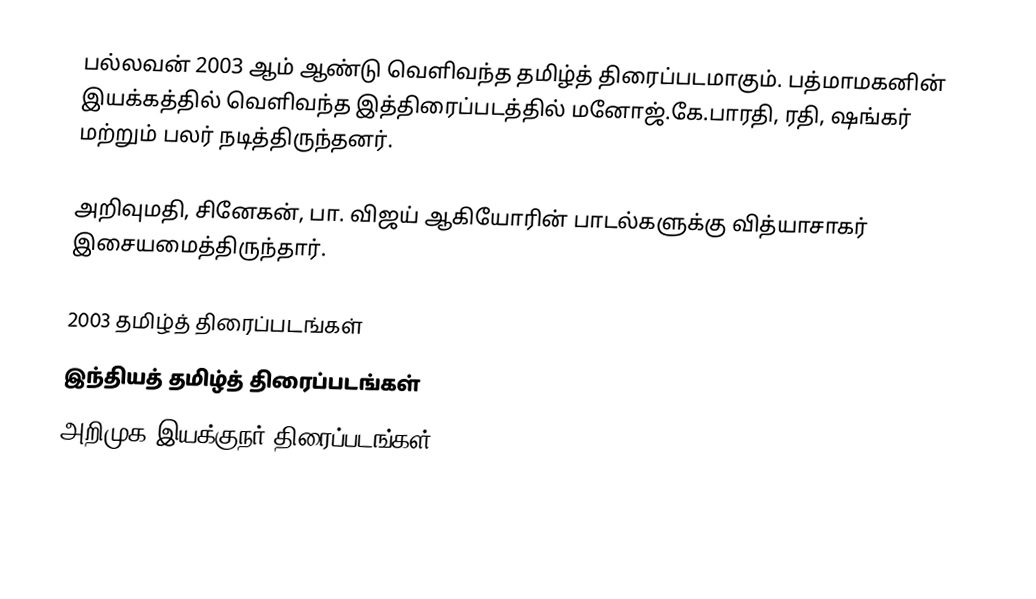
பல்லவன் 2003 ஆம் ஆண்டு வெளிவந்த தமிழ்த் திரைப்படமாகும். பத்மாமகனின் இயக்கத்தில் வெளிவந்த இத்திரைப்படத்தில் மனோஜ்.கே.பாரதி, ரதி, ஷங்கர் மற்றும் பலர் நடித்திருந்தனர்.

அறிவுமதி, சினேகன், பா. விஜய் ஆகியோரின் பாடல்களுக்கு வித்யாசாகர் இசையமைத்திருந்தார்.

2003 தமிழ்த் திரைப்படங்கள்
இந்தியத் தமிழ்த் திரைப்படங்கள்
அறிமுக இயக்குநர் திரைப்படங்கள்